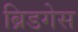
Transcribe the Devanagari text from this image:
ब्रिडगेस